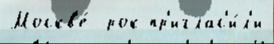
Москв'е́  рок пр'иглас'и́л'и